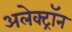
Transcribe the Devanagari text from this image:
अलेक्ट्रॉन